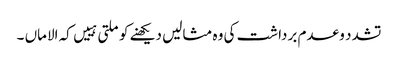
تشدد و عدم برداشت کی وہ مثالیں دیکھنے کو ملتی ہییں کہ الاماں ۔